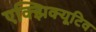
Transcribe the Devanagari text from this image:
एक्झिक्यूटिव